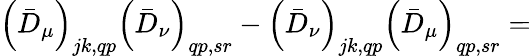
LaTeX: \left(\bar{D}_{\mu}\right)_{jk,qp}\left(\bar{D}_{\nu}\right)_{qp,sr}-\left(\bar{D}_{\nu}\right)_{jk,qp}\left(\bar{D}_{\mu}\right)_{qp,sr}=